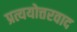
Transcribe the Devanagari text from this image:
प्रत्ययोत्तरवाद